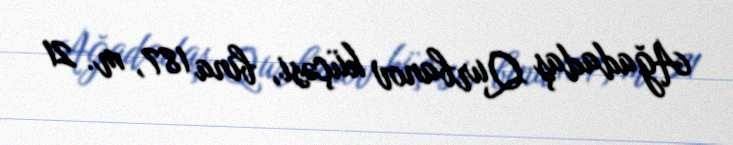
Ağadadaş Qurbanov küçəsi, bina 187, m. 21